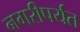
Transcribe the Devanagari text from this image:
नगरीपर्यंत